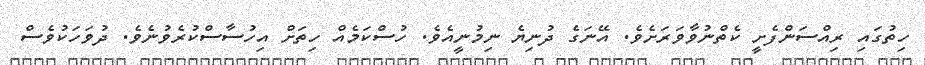
ހިތުގައި ރިއްސަންފެށީ ކެތްނުވާވަރަށެވެ. އޭނަގެ ދުނިޔެ ނިމުނީއެވެ. ހުސްކަމެއް ހިތަށް އިހުސާސްކުރެވުނެވެ. ދުވަހަކުވެސް